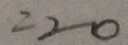
= 2 0